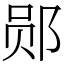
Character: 郧